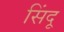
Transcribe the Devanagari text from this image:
सिंदू